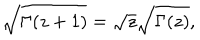
LaTeX: \sqrt { \Gamma ( z + 1 ) } = \sqrt z \sqrt { \Gamma ( z ) } ,